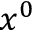
x ^ { 0 }